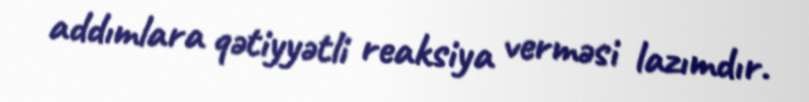
addımlara qətiyyətli reaksiya verməsi lazımdır.